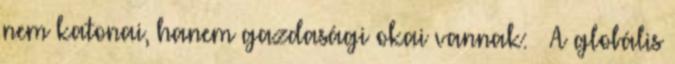
nem katonai, hanem gazdasági okai vannak: – A globális